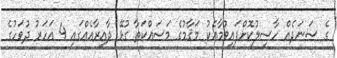
ގެ ސަނަދެއް ހާސިލުކޮށްފައިވުމާއެކު މަޤާމުގެ މަސައްކަތާ ގުޅޭ ދާއިރާއެއްގައި 4 އަހަރު ދުވަހުގެ